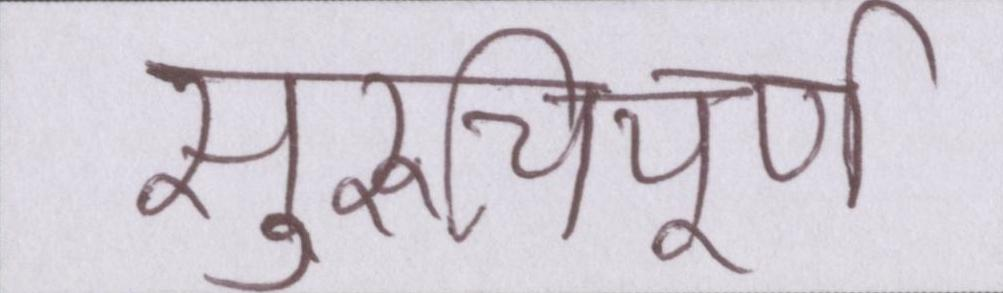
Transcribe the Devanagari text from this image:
सुरुचिपूर्ण